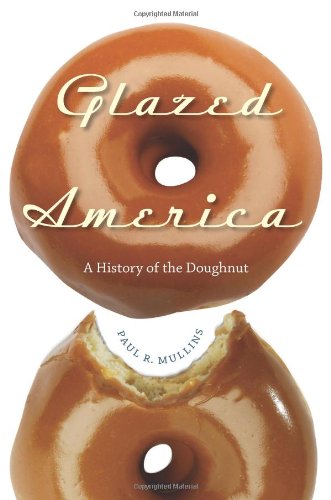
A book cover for Glazed America: A History of the Doughnut; Prof. Paul R. Mullins; Cookbooks, Food & Wine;